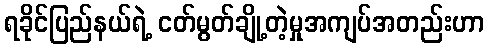
ရခိုင်ပြည်နယ်ရဲ့ ငတ်မွတ်ချို့တဲ့မှုအကျပ်အတည်းဟာ